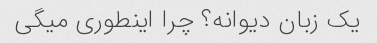
یک زبان دیوانه؟ چرا اینطوری میگی